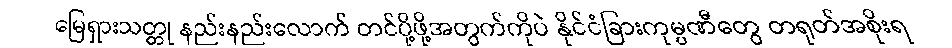
မြေရှားသတ္တု နည်းနည်းလောက် တင်ပို့ဖို့အတွက်ကိုပဲ နိုင်ငံခြားကုမ္ပဏီတွေ တရုတ်အစိုးရ